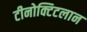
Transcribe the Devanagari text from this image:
टीनोक्टिटलान